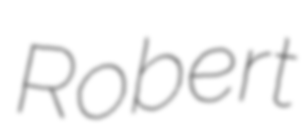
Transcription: Robert